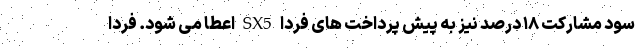
سود مشارکت ۱۸ درصد نیز به پیش پرداخت های فردا SX5 اعطا می شود. فردا